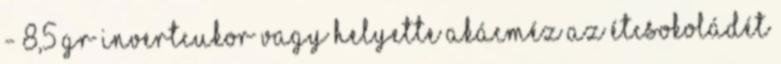
- 8,5 gr invertcukor vagy helyette akácméz Az étcsokoládét